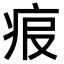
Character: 𤵧